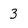
Character: 3